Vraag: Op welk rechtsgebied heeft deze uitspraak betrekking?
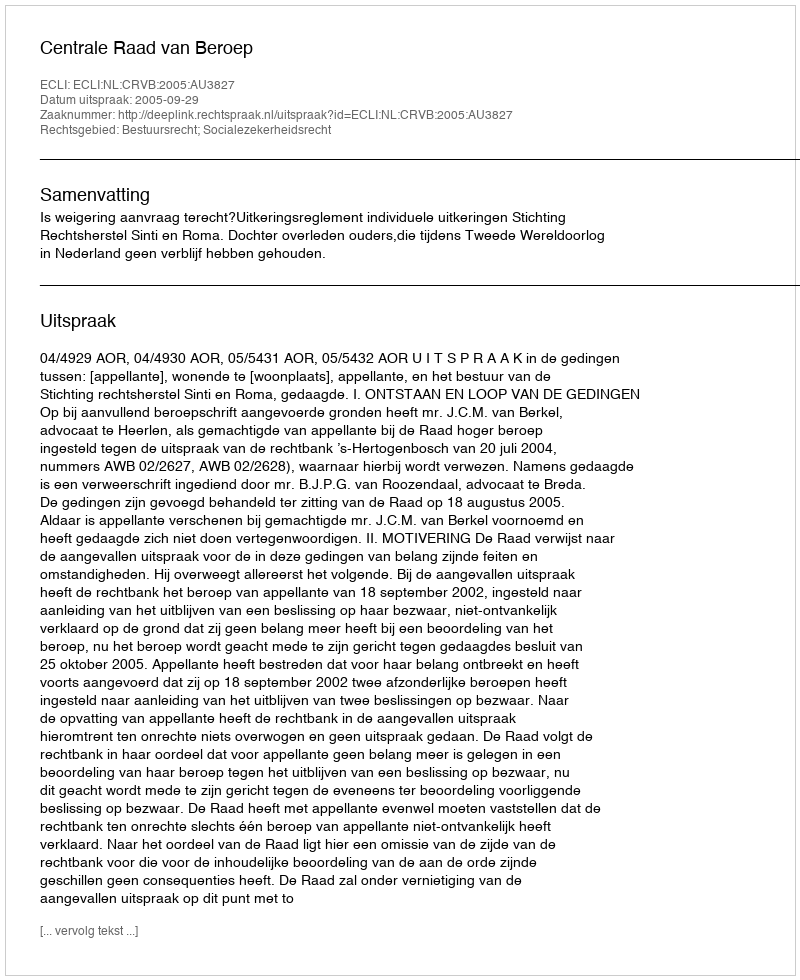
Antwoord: Bestuursrecht; Socialezekerheidsrecht